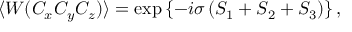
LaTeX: \langle W ( C _ { x } C _ { y } C _ { z } ) \rangle = \exp \left\{ - i \sigma \left( S _ { 1 } + S _ { 2 } + S _ { 3 } \right) \right\} ,